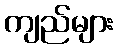
ကျည်များ